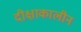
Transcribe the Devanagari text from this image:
दीक्षाकालीन